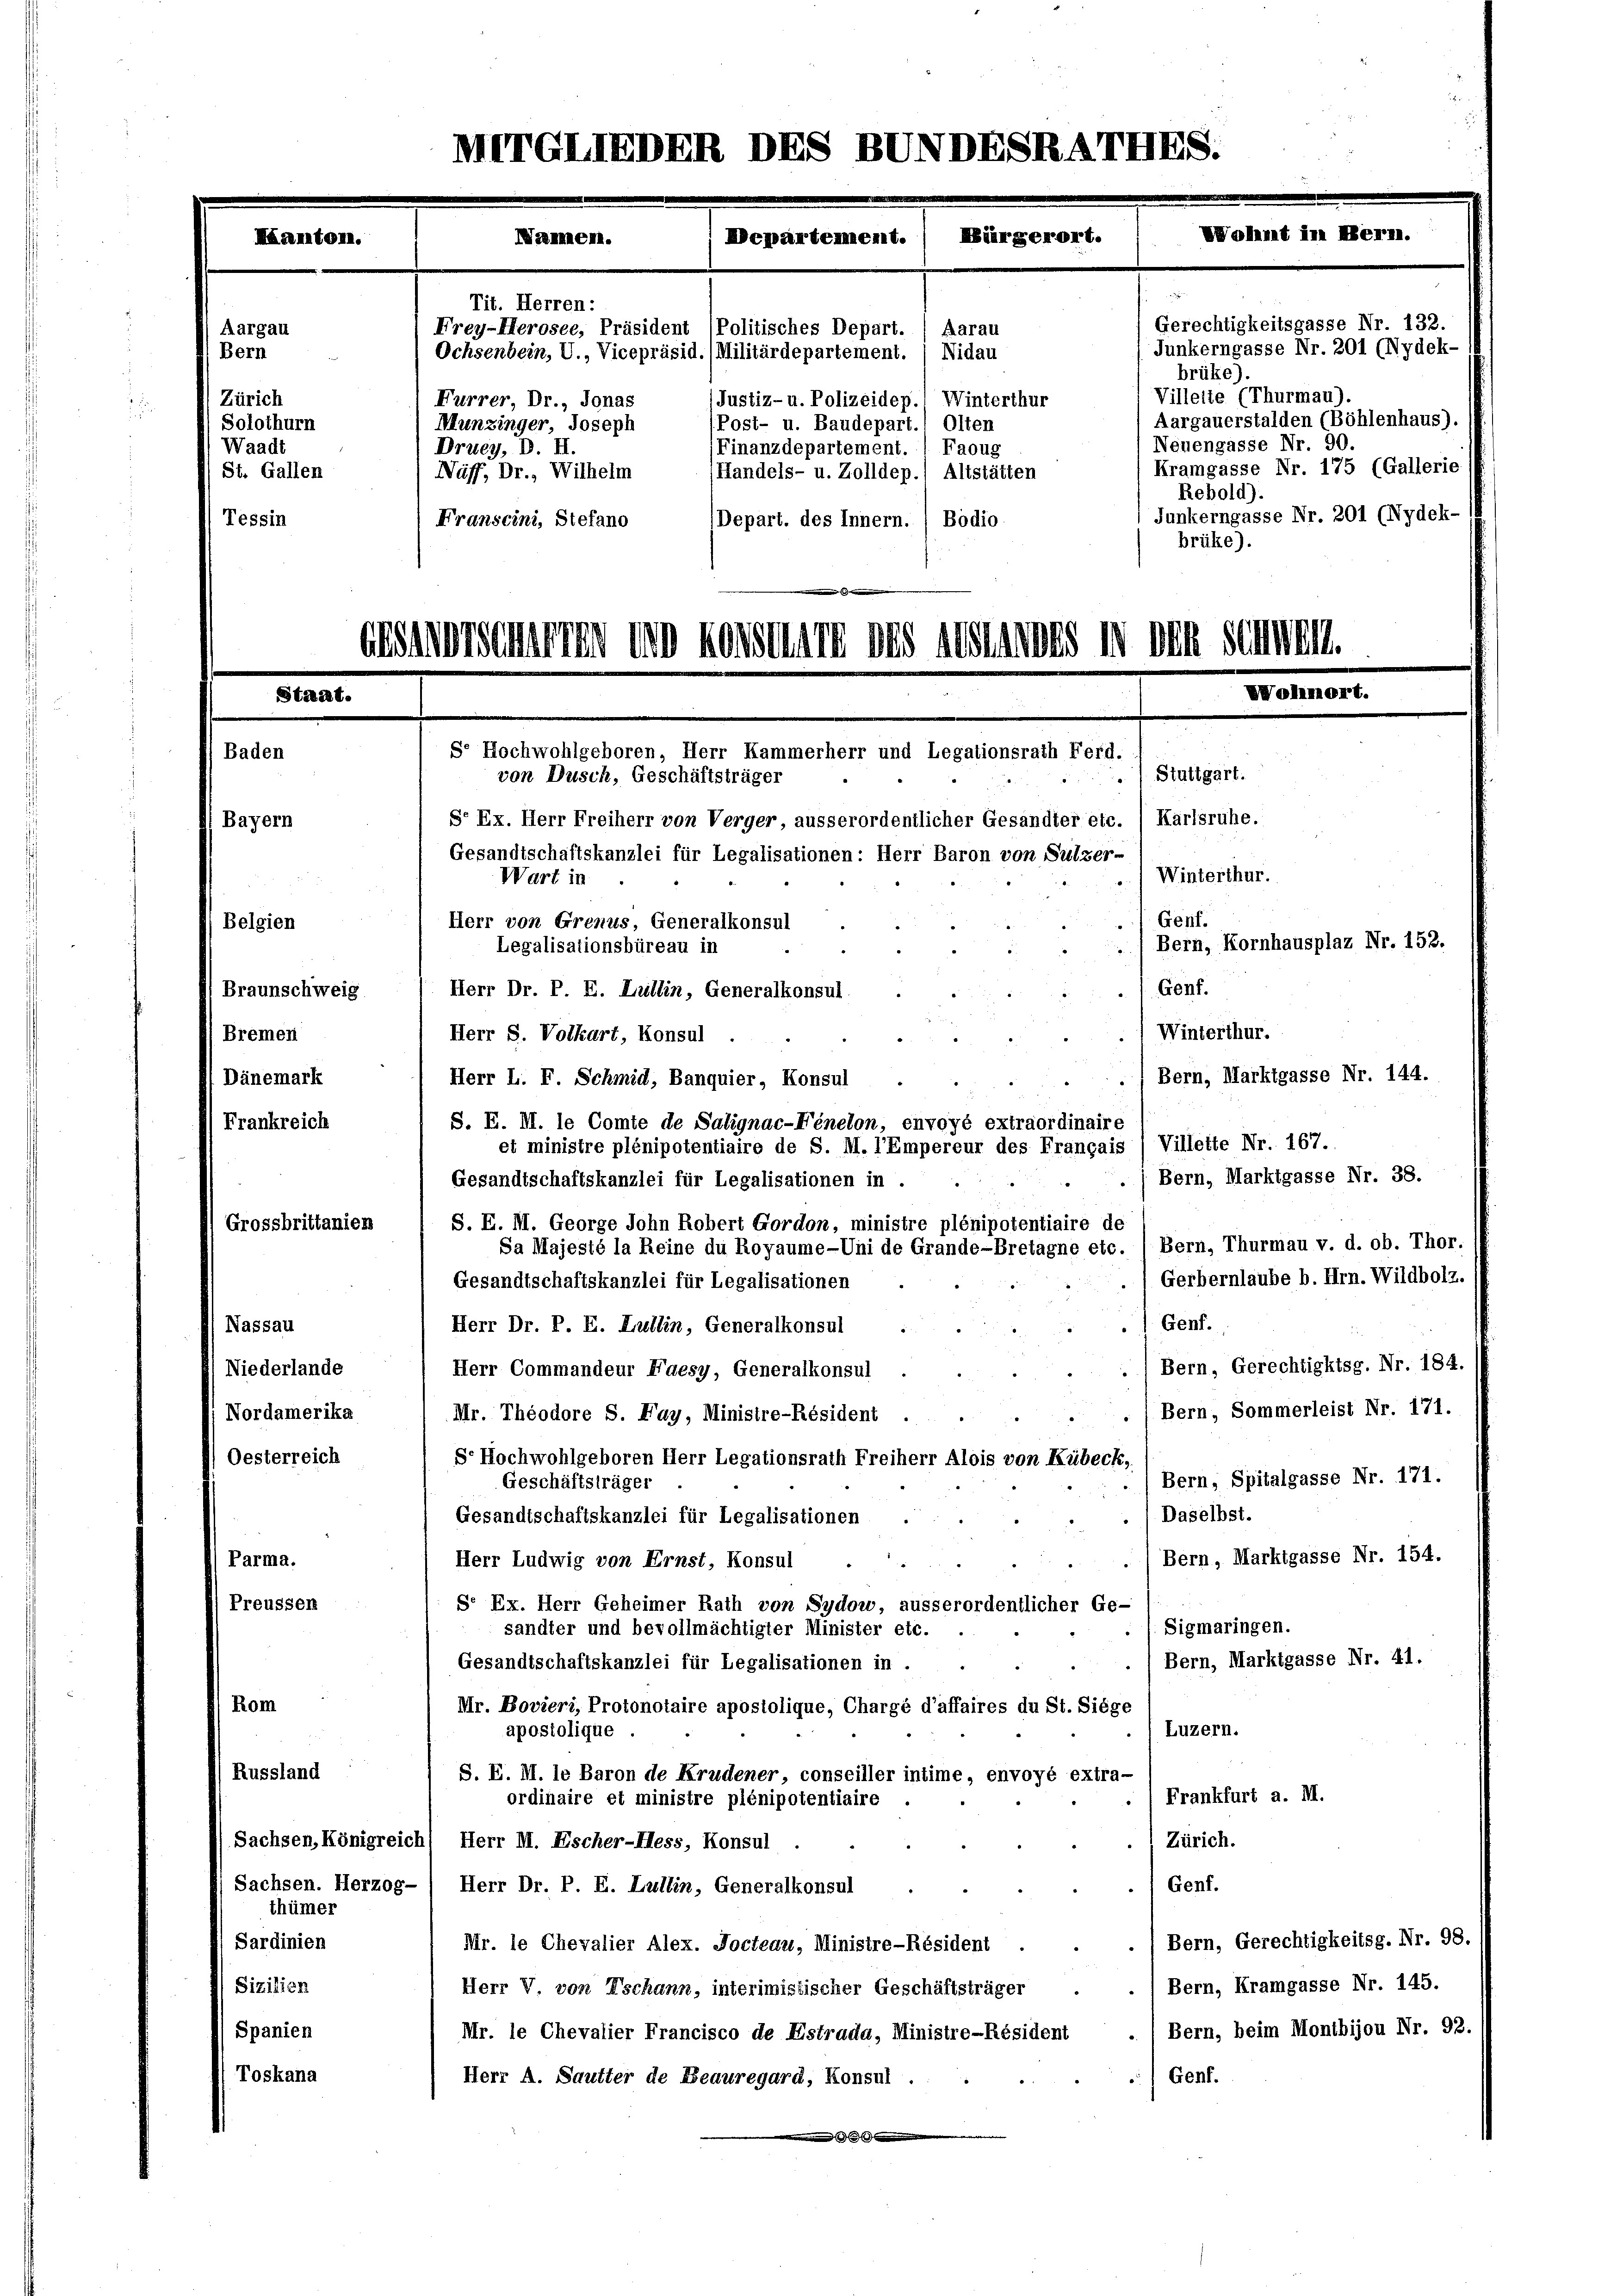
u

Aargau
Bern
Zürich
Solothurn
Waadt
St. Gallen
Tessin

Baden

Braunschweig
Bremen
Dänemark
Frankreich
Grossbrittanien
Nassau
Niederlande
i Nordamerika
Oesterreich
Parma.
Preusser
Rom

Bayern
Belgien

Franscini, Stefano
Depart. des Innern. ( Bodio
brüke).

Herr Dr. P. E. Lullin, Generalkonsul
Winterthur.
Herr S. Volkart, Konsul
Bern, Marktgasse Nr. 144.
Herr L. F. Schmid, Banquier, Konsul
S. E. M. le Comte de Salignac-Fénelon, envoyé extraordinaire
Villette Nr. 167.
et ministre plénipotentiaire de S. M. l’Empereur des Français
Bern, Marktgasse Nr. 38.
Gesandtschaftskanzlei für Legalisationen in
S. E. M. George Sohn Robert Gordon, ministre plénipotentiaire de
Bern, Thurmau v. d. ob. Thor.
Sa Majesté la Reine du Royaume-Uni de Grande-Bretagne etc.
Gerbernlaube b. Hrn. Wildbolz.
Gesandtschaftskanzlei für Legalisationen
Genf.
Herr Dr. P. E. Lullin, Generalkonsul
Bern, Gerechtigktsg. Nr. 184.
Herr Commandeur Faesy, Generalkonsul
(Bern, Sommerleist Nr. 171.
Mr. Theodore S. Fay, Ministre-Résident .
S. Hochwohlgeboren Herr Legationsrath Freiherr Alois von Kübeck,
Bern, Spitalgasse Nr. 171.
Geschäftsträger
Daselbst.
Gesandtschaftskanzlei für Legalisationen
Bern, Marktgasse Nr. 154.
Herr Ludwig von Ernst, Konsul
S. Ex. Herr Geheimer Rath von Sydow, ausserordentlicher Ge-
Sigmaringen.
sandter und bevollmächtigter Minister etc.
Bern, Marktgasse Nr. 41.
Gesandtschaftskanzlei für Legalisationen in .
Mr. Bovieri, Protonotaire apostolique, Chargé d’affaires du St. Siege
Luzern.
apostolique.
S. E. M. le Baron de Krudener, conseiller intime, envoyé extra-
Frankfurt a. M.
ordinaire et ministre plénipotentiaire
Zürich.
Sachsen, Königreichl Herr M. Escher-Hess, Konsul
Genf.
Herr Dr. P. E. Lullin, Generalkonsul
Bern, Gerechtigkeitsg. Nr. 98. (
Mr. le Chevalier Alex. Docteau, Ministre-Résident
Bern, Kramgasse Nr. 145.
Herr V. von Tschann, interimistischer Geschäftsträger
Bern, beim Montbijou Nr. 92. 1
Mr. le Chevalier Francisco de Estrada, Ministre-Résident
Genf.
Herr A. Sautter de Beauregard, Konsul.

Russland
Sachsen. Herzogthümer
Sardinien
Sizilien
Spanien
Toskana

METGLIEDER DES BUNDESRATHES.
Wohmt in Her
Bürgerort.
Nannen.
Departement.
Tit. Herren:

Aarau
Frey-Herosee, Präsident (Politisches Depart.
Ochsenbein, U., Vicepräsid.(Militärdepartement.) Nidau
Furrer, Dr. Jonas
Justiz- u. Polizeidep.) Winterthur
Post- u. Baudepart.) Olten
Munzinger, Joseph
Druey, D. II.
(Finanzdepartement. 1 Faoug
Näff, Dr., Wilhelm
Handels- u. Zolldep.) Altstätten

Anrsauerten im Keisenate des gesinnes in den seinem
VVolimon
Se Hochwohlgeboren, Herr Kammerherr und Legationsrath Ferd.
Stuttgart.
von Dusch, Geschäftsträger
S. Ex. Herr Freiherr von Verger, ausserordentlicher Gesandter etc. (Karlsruhe.
Gesandtschaftskanzlei für Legalisationen: Herr Baron von Sulzer-
Winterthur.
Wart in
Genf.
Herr von Grenus, Generalkonsul
Bern, Kornhausplaz Nr. 152.
Legalisationsbüreau in

Junkerngasse Nr. 201 (Nydek-
brüke).
Villeite (Thurmau).
Aargauerstalden (Böhlenhaus).
Neuengasse Nr. 90.
Kramgasse Nr. 175 (Gallerie
Rebold).
Junkerngasse Nr. 201 (Nydek-

Genf.

Gerechtigkeitsgasse Nr. 132.